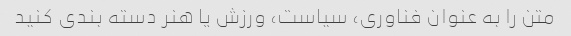
متن را به عنوان فناوری، سیاست، ورزش یا هنر دسته بندی کنید